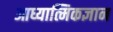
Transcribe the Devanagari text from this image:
आध्यात्मिकज्ञान